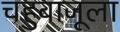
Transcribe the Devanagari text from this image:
चहुबाजूला